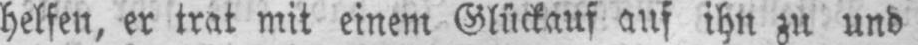
helfen, er trat mit einem Glückauf auf ihn zu und